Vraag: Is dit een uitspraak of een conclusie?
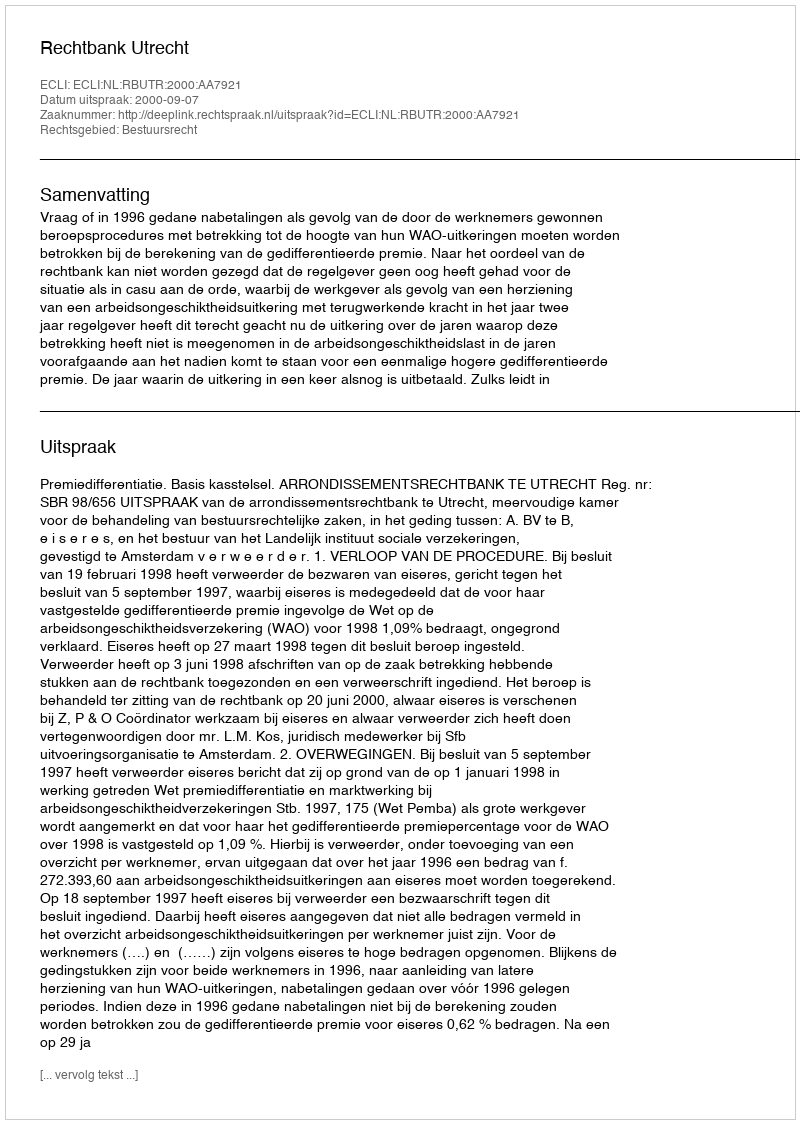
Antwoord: Uitspraak